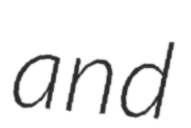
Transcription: and